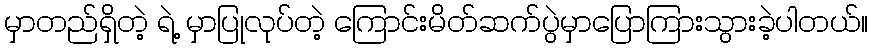
မှာတည်ရှိတဲ့ ရဲ့ မှာပြုလုပ်တဲ့ ကြောင်းမိတ်ဆက်ပွဲမှာပြောကြားသွားခဲ့ပါတယ်။